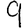
Digit: 9